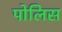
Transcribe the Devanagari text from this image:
पोलिस